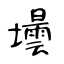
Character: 壜